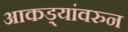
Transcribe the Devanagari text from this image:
आकड्यांवरुन